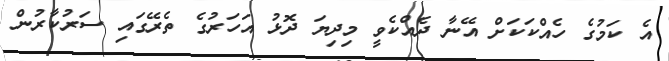
އެ ކަމުގެ ހެއްކަކަށް އޭނާ ދެއްކެވީ މިދިޔަ ދޮޅު އަހަރުގެ ތެރޭގައި ސަރުކާރުން